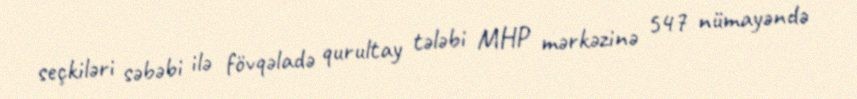
seçkiləri səbəbi ilə fövqəladə qurultay tələbi MHP mərkəzinə 547 nümayəndə